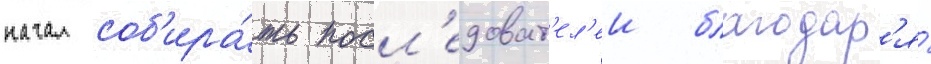
начал соб'ира́ть посл'едоват'ел'еи благодар'я́